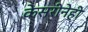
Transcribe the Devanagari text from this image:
केसरीनेही